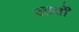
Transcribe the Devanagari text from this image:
आर्तों